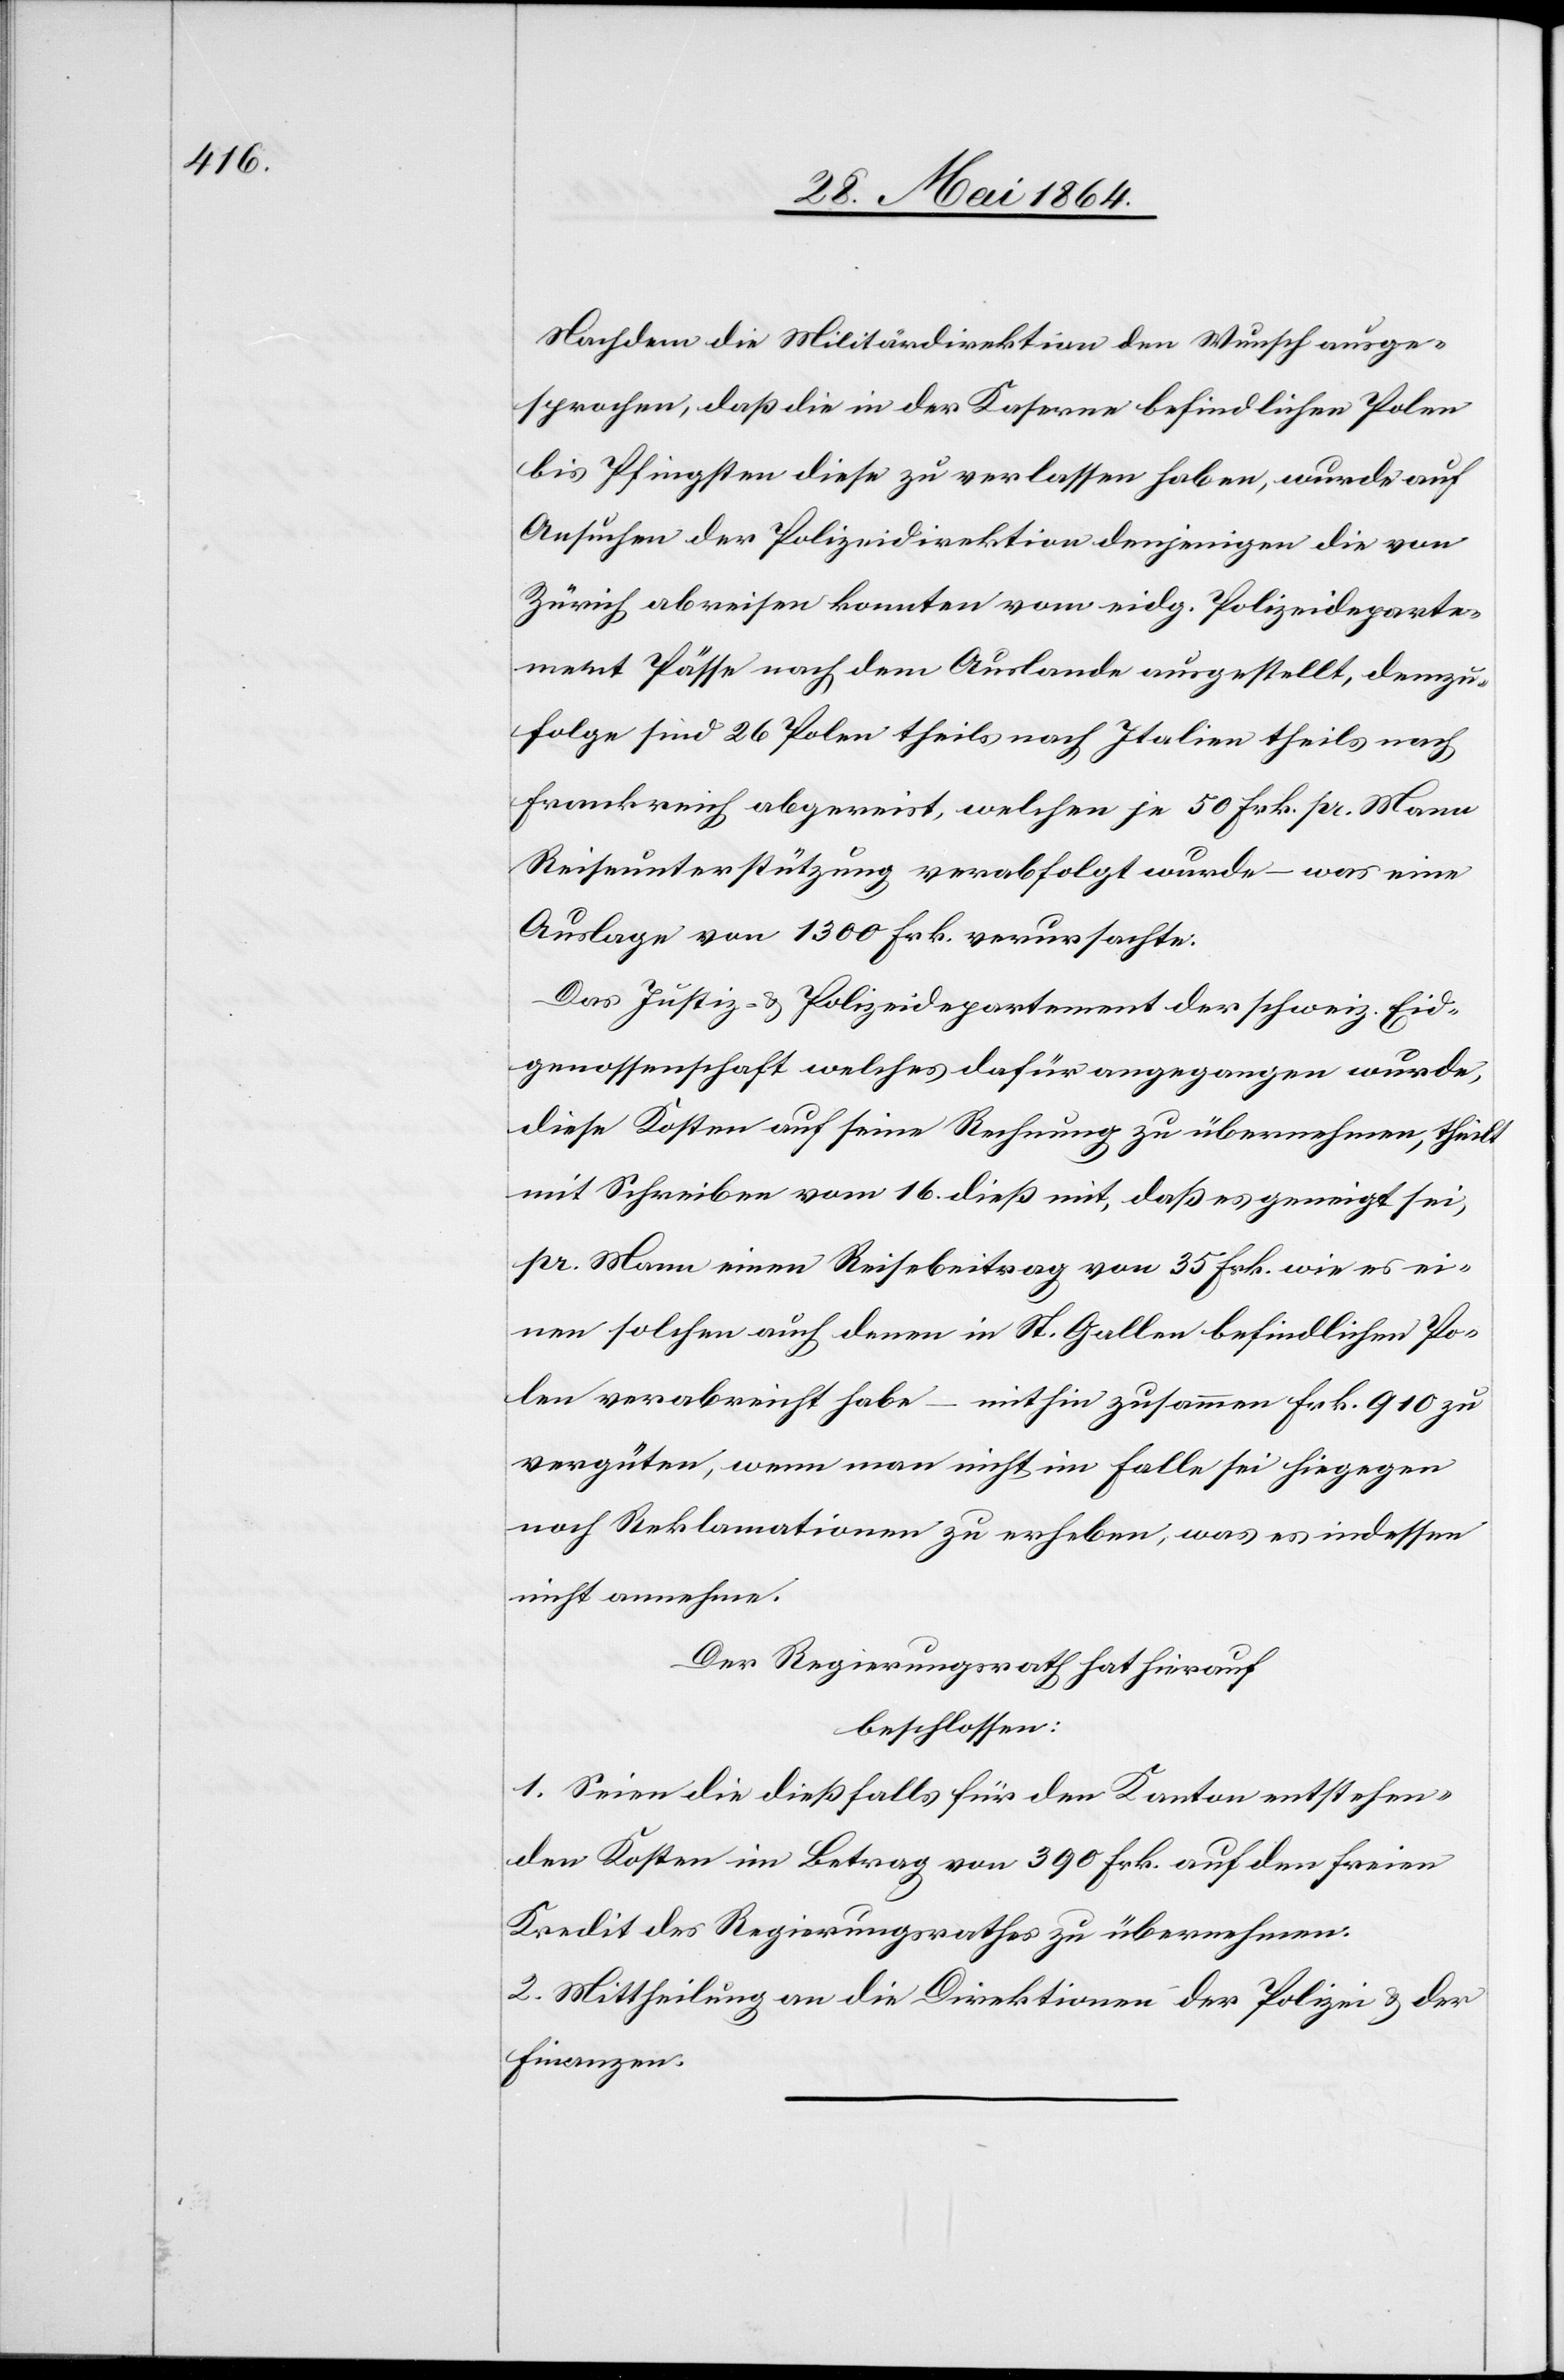
Nachdem die Militärdirektion den Wunsch ausge¬
sprochen, daß die in der Kaserne befindlichen Polen
bis Pfingsten diese zu verlassen haben, wurde auf
Ansuchen der Polizeidirektion denjenigen die von
Zürich abreisen konnten vom eidg. Polizeideparte¬
ment Pässe nach dem Auslande ausgestellt, demzu¬
folge sind 26 Polen theils nach Italien theils nach
Frankreich abgereist, welchen je 50 Frk. pr. Mann
Reiseunterstützung verabfolgt wurde – was eine
Auslage von 1300 Frk. verursachte.
Das Justiz- u. Polizeidepartement der schweiz. Eid¬
genossenschaft welches dafür angegangen wurde,
diese Kosten auf seine Rechnung zu übernehmen, theilt
mit Schreiben vom 16. dieß mit, daß es geneigt sei,
pr. Mann einen Reisebeitrag von 35 Frk. wie es ei¬
nen solchen auch denen in St. Gallen befindlichen Po¬
len verabreicht habe – mithin zusammen Frk. 910 zu
vergüten, wenn man nicht im Falle sei hiegegen
noch Reklamationen zu erheben, was es indessen
nicht annehme.
Der Regierungsrath hat hierauf
beschlossen:
1. Seien die dießfalls für den Kanton entstehen¬
den Kosten im Betrag von 390 Frk. auf den freien
Kredit des Regierungsrathes zu übernehmen.
2. Mittheilung an die Direktionen der Polizei u. der
Finanzen.